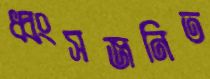
ধ্বংসজনিত